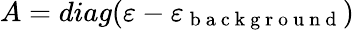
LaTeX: A=diag(\mathbf{\varepsilon}-\varepsilon_{\mathrm{~b~a~c~k~g~r~o~u~n~d~}})